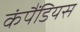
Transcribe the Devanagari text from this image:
कंपैंडियस